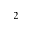
_ 2